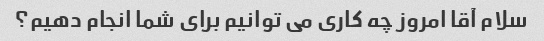
سلام آقا امروز چه کاری می توانیم برای شما انجام دهیم؟